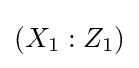
(X_{1}:Z_{1})